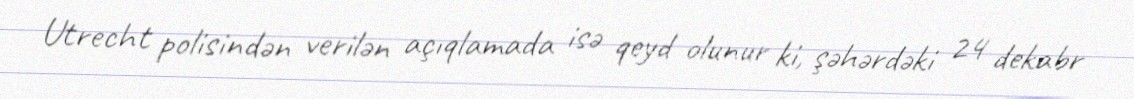
Utrecht polisindən verilən açıqlamada isə qeyd olunur ki, şəhərdəki 24 dekabr